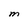
Character: M